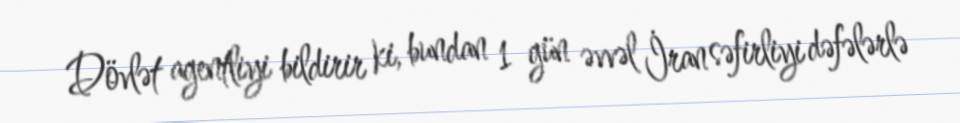
Dövlət agentliyi bildirir ki, bundan 1 gün əvvəl İran səfirliyi dəfələrlə